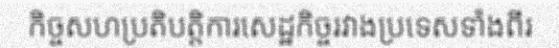
កិច្ចសហប្រតិបត្តិការសេដ្ឋកិច្ចរវាងប្រទេសទាំងពីរ